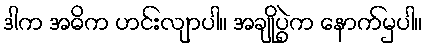
ဒါက အဓိက ဟင်းလျာပါ။ အချိုပွဲက နောက်မှပါ။